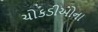
ચોકડીઓના